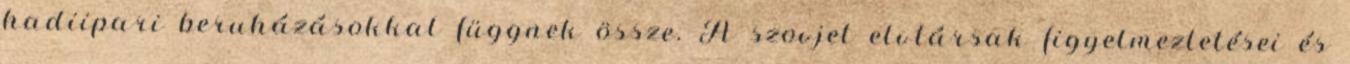
hadiipari beruházásokkal függnek össze. A szovjet elvtársak figyelmeztetései és